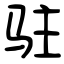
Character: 驻